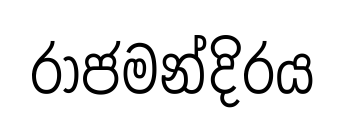
රාජමන්දිරය